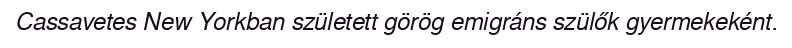
Cassavetes New Yorkban született görög emigráns szülők gyermekeként.